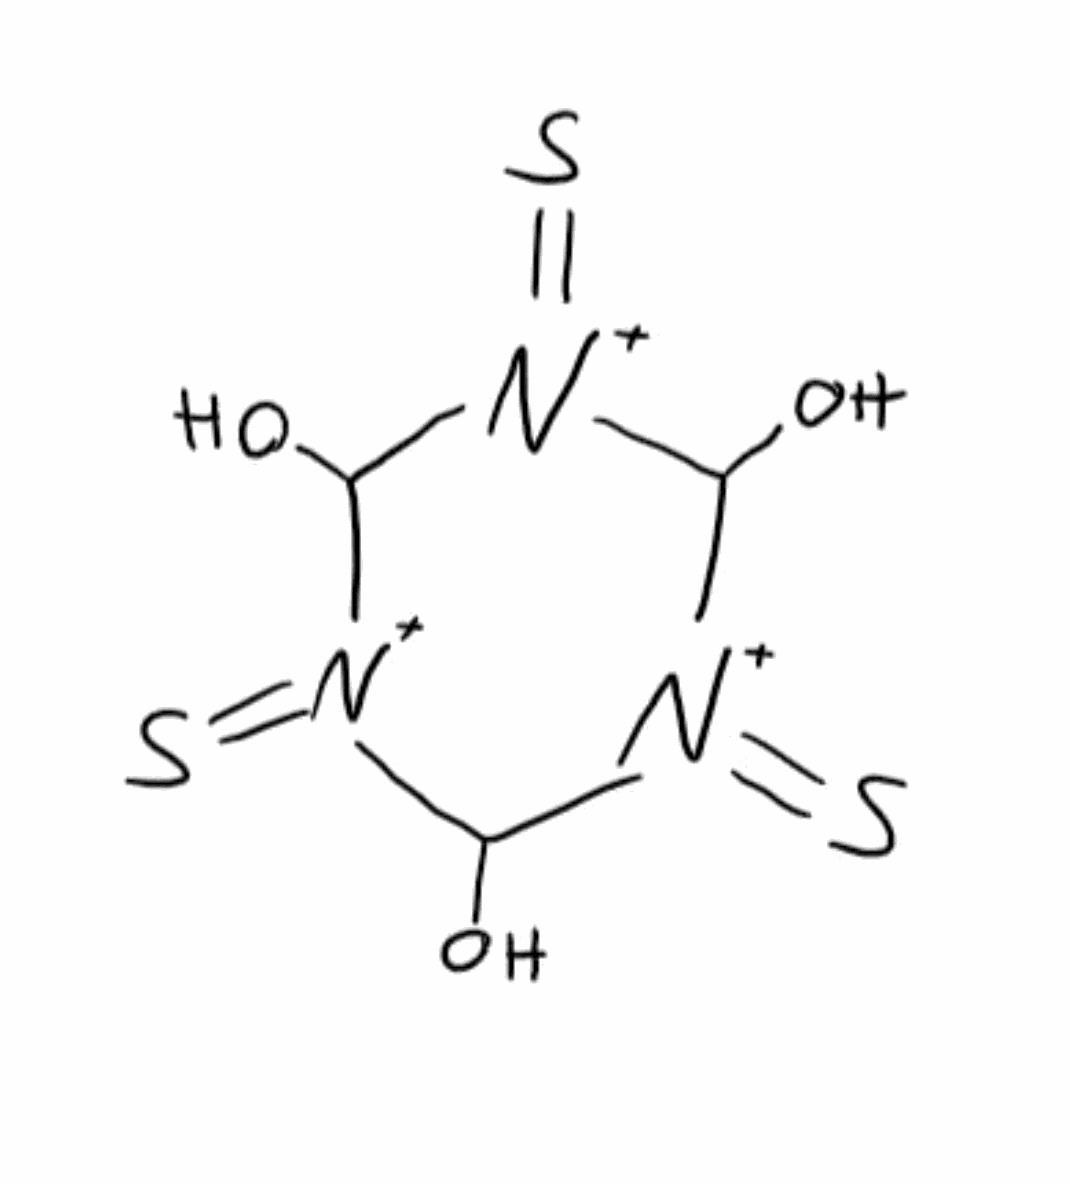
Simplified molecular-input line-entry system (SMILES) notation of the given molecule:
C1([N+](=S)C([N+](=S)C([N+]1=S)O)O)O